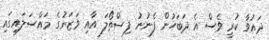
ދައުވާ ކުރީ ވެސް އެ ދަބަހުން ފެނުނު ފިސްތޯލަ އާއި ވަޒަނުގެ މައްސަލައިގައި